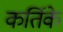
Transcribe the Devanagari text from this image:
कर्तिके